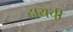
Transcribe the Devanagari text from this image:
दायची